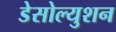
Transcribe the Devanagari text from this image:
डेसोल्युशन